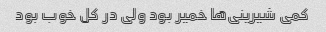
کمی شیرینی‌ها خمیر بود ولی در کل خوب بود